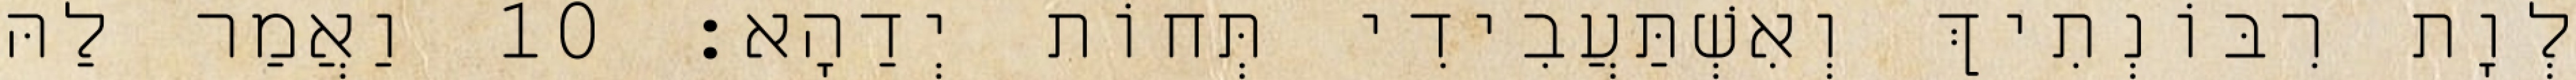
לְוָת רִבּוֹנְתִיךְ וְאִשְׁתַּעֲבִידִי תְּחוֹת יְדַהָא׃ 10 וַאֲמַר לַהּ